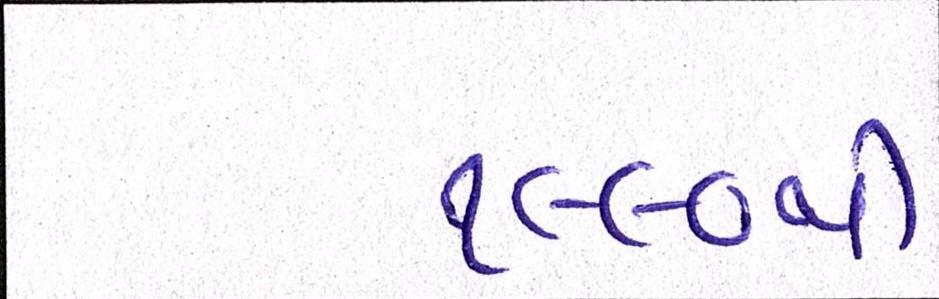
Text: ૧૯૯૦થી